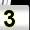
Digit: 3